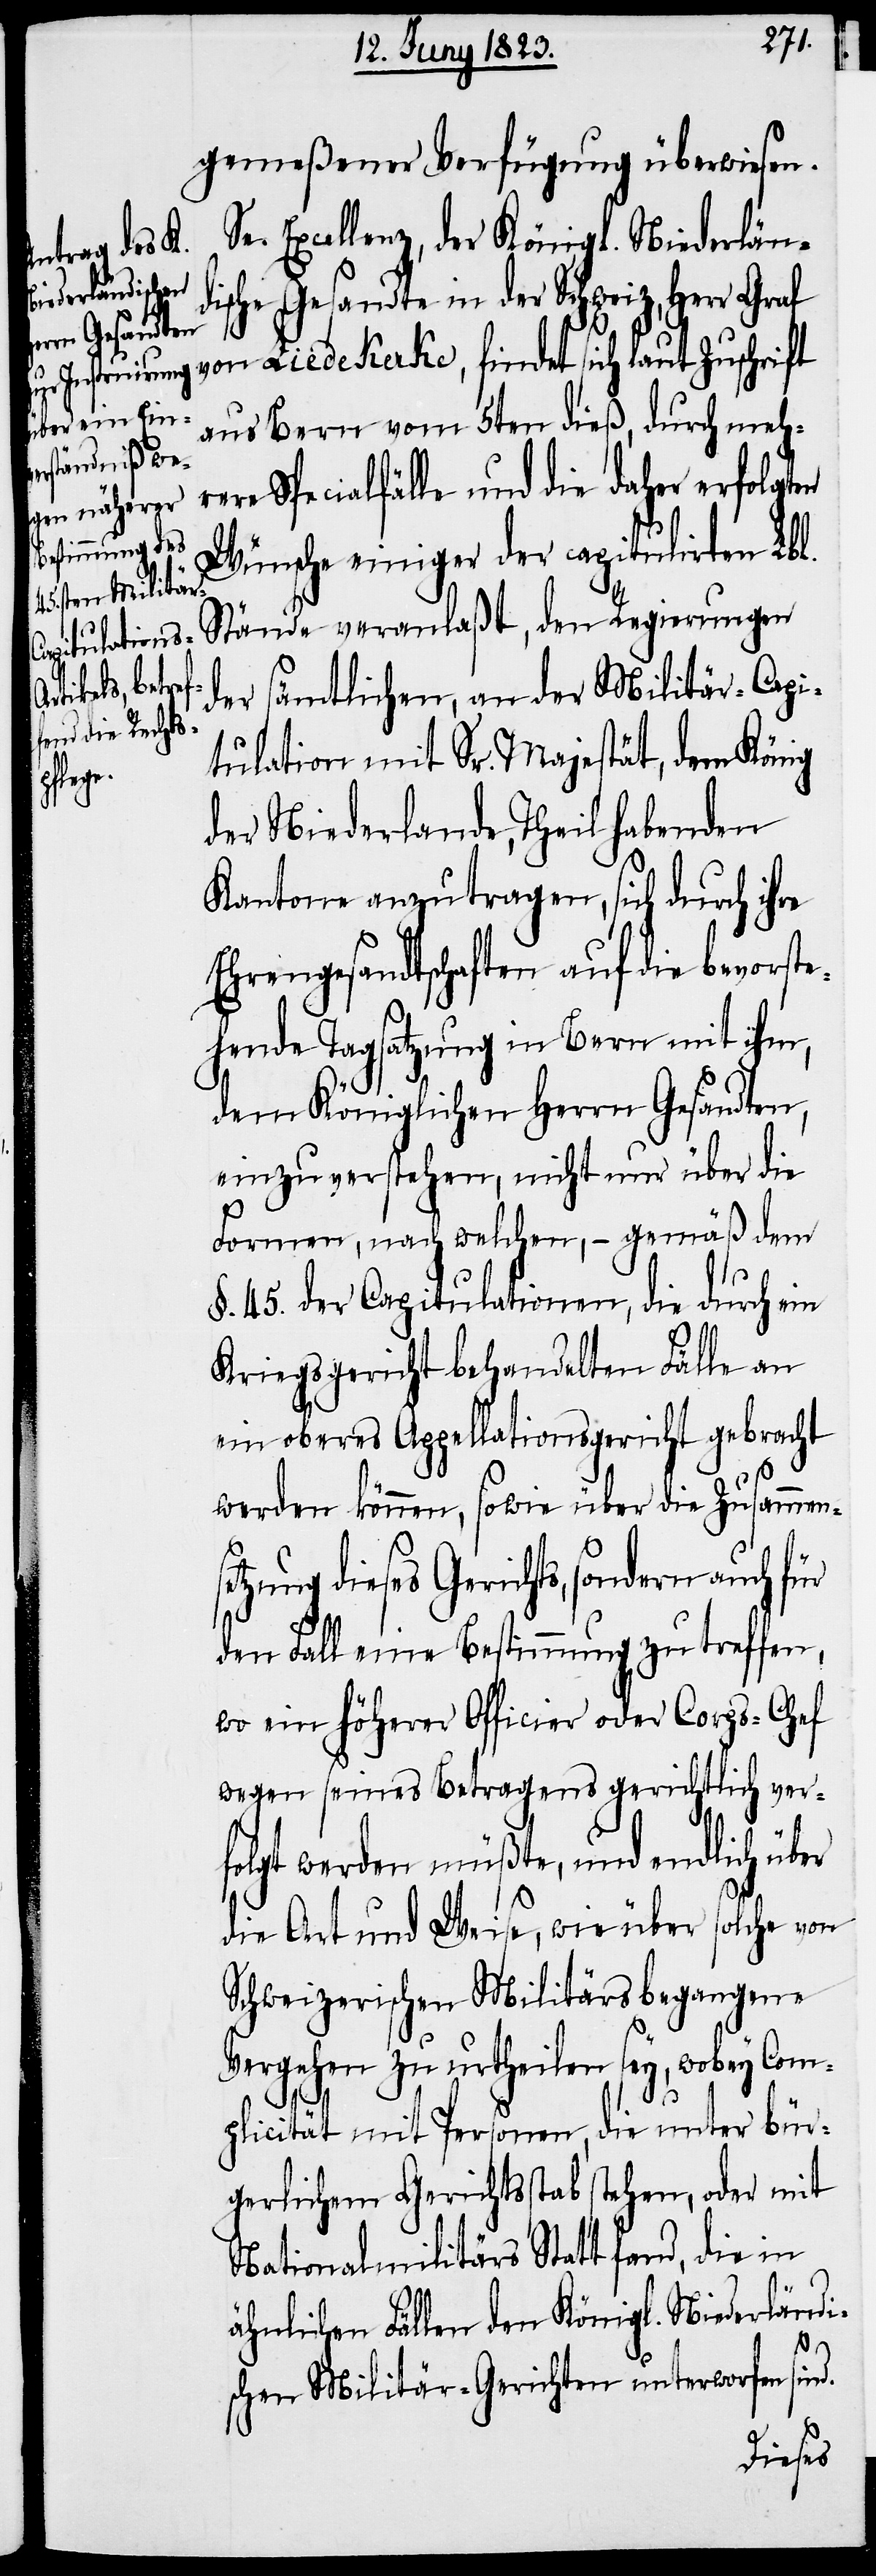
gemeßener Verfügung überwiesen.
e. Excellenz, der Königl. Niederländ¬
ische Gesandte in der Schweiz, Herr Graf
von Liedekerke, findet sich laut Zuschrift
aus Bern vom 5ten dieß, durch meh¬
rere Specialfälle und die daher erfolgten
Wünsche einiger der capitulirten Lbl.
Stände veranlaßt, den Regierungen
der sämtlichen, an der Militär-Capi¬
tulation mit Sr. Majestät, dem König
der Niederlande, Theil habenden
Kantone anzutragen, sich durch ihre
Ehrengesandtschaften auf die bevorste¬
hende Tagsatzung in Bern mit ihm,
dem Königlichen Herrn Gesandten,
einzuverstehen, nicht nur über die
Formen, nach welchen, – gemäß dem
§. 45. der Capitulationen, die durch ein
Kriegsgericht behandelten Fälle an
ein oberes Appellationsgericht gebracht
werden können, sowie über die Zusammens¬
etzung dieses Gerichts, sondern auch für
den Fall eine Bestimmung zu treffen,
wo ein höherer Officier oder Corps-Chef
wegen seines Betragens gerichtlich ver¬
folgt werden müßte, und endlich über
die Art und Weise, wie über solche von
Schweizerischen Militärs begangene
Vergehen zu urtheilen sey, wobey Com¬
plicität mit Personen, die unter bür¬
gerlichem Gerichtsstab stehen, oder mit
Nationalmilitärs Statt fand, die in
ähnlichen Fällen den Königl. Niederländi¬
d.
schen Militär-Gerichten unterworfen sin¬